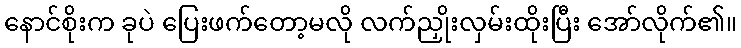
နောင်စိုးက ခုပဲ ပြေးဖက်တော့မလို လက်ညှိုးလှမ်းထိုးပြီး အော်လိုက်၏။